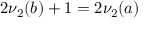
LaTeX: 2 \nu _ { 2 } ( b ) + 1 = 2 \nu _ { 2 } ( a )